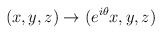
\begin{align*}(x,y,z) \to (e^{i \theta}x,y,z)\end{align*}